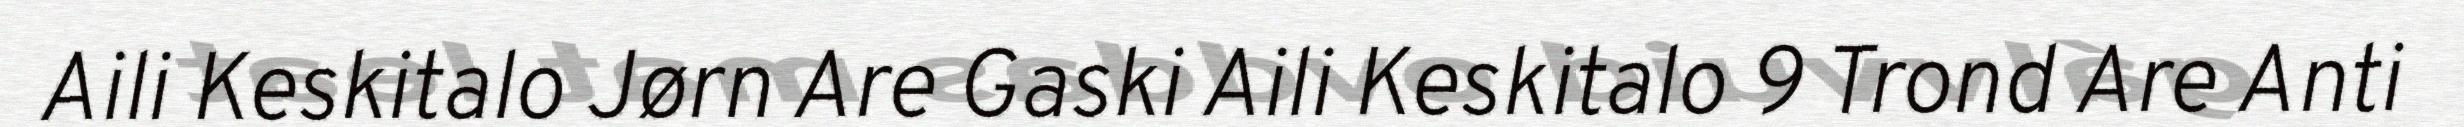
Aili Keskitalo Jørn Are Gaski Aili Keskitalo 9 Trond Are Anti